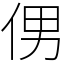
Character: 侽